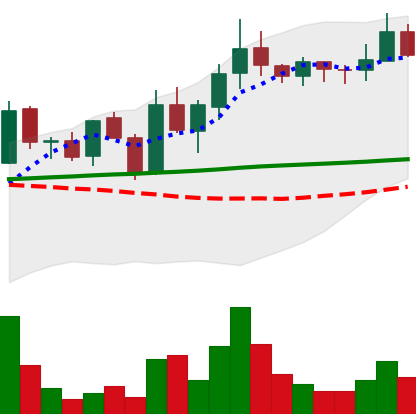
Ticker: LINK-USD
Chart end date: 2019-01-23
Forward return: -18.92%
Label: down_7plus